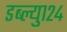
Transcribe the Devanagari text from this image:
डब्ल्यु१२४